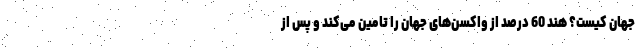
جهان کیست؟ هند 60 درصد از واکسن‌های جهان را تامین می‌کند و پس از